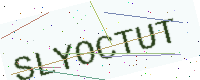
Text: SLYOCTUT